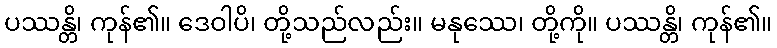
ပဿန္တိ၊ ကုန်၏။ ဒေဝါပိ၊ တို့သည်လည်း။ မနုဿေ၊ တို့ကို။ ပဿန္တိ၊ ကုန်၏။